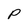
Character: P